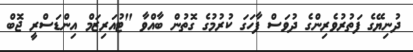
ދުނިޔޭގެ ފަތުރުވެރިންގެ ދުވަސް ފާހަގަ ކުރުމުގެ ގޮތުން ބާއްވާ "ޓުއަަރިޒަމް އިންޑަސްރީ ޖޮބް